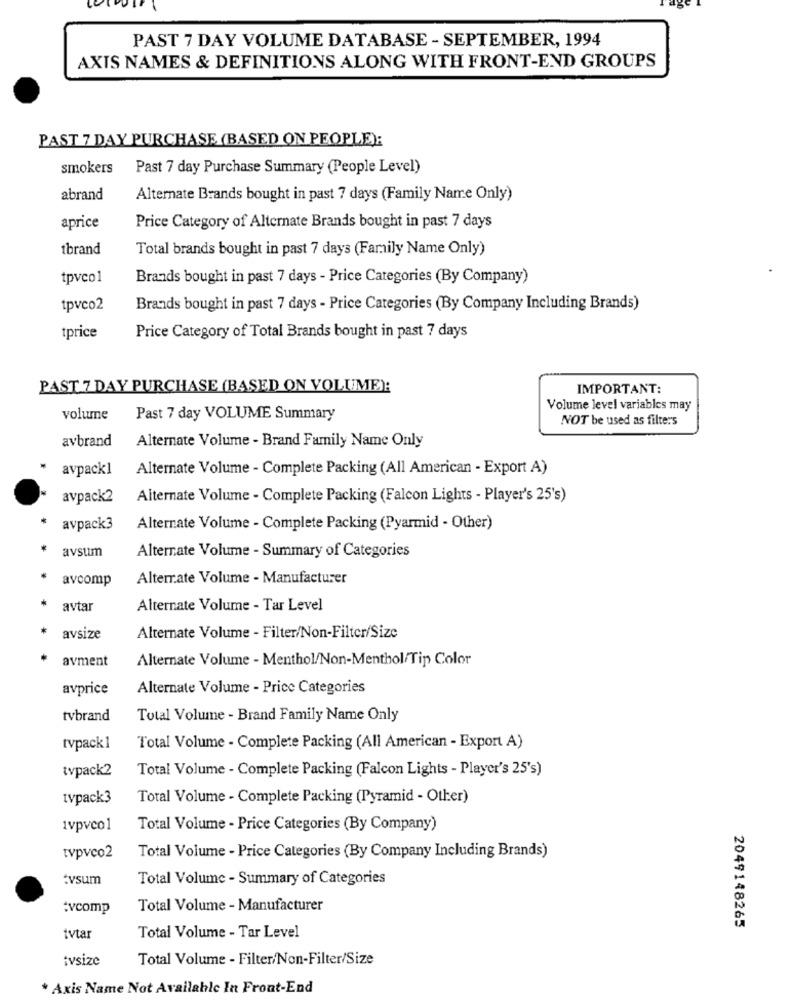
PAST 7 DAY VOLUME DATABASE - SEPTEMBER, 1994
AXIS NAMES & DEFINITIONS ALONG WITH FRONT-END GROUPS
PAST 7 DAY PURCHASE (BASED ON PEOPLE):
smokers
Past 7 day Purchase Summary (People Level)
abrand
Alternate Brands bought in past 7 days (Family Name Only)
aprice
Price Category of Alternate Brands bought in past 7 days
tbrand
Total brands bought in past 7 days (Family Name Only)
tpvco1
Brands bought in past 7 days - Price Categories (By Company)
tpvco2
Brands bought in past 7 days - Price Categories (By Company Including Brands)
tprice
Price Category of Total Brands bought in past 7 days
PAST 7 DAY PURCHASE (BASED ON VOLUME):
IMPORTANT:
Volume level variables may
volume
Past 7 day VOLUME Summary
NOT be used as filters
avbrand
Alternate Volume - Brand Family Name Only
avpack1
Alternate Volume - Complete Packing (All American - Export A)
avpack2
Alternate Volume - Complete Packing (Falcon Lights - Player's 25's)
* avpack3
Alternate Volume - Complete Packing (Pyarmid - Other)
*
avsum
Alternate Volume - Summary of Categories
avcomp
Alterrate Volume - Manufacturer
avtar
Alternate Volume - Tar Level
*
avsize
Alternate Volume - Filter/Non-Filter/Size
* avment
Alternate Volume - Menthol/Non-Menthol/Tip Color
avprice
Alternate Volume - Price Categories
tvbrand
Total Volume - Brand Family Name Only
tvpack1
Total Volume - Complete Packing (All American - Export A)
tvpack2
Total Volume - Complete Packing (Falcon Lights - Player's 25's)
tvpack3
Total Volume - Complete Packing (Pyramid - Other)
1vpvcol
Total Volume - Price Categories (By Company)
tvpvco2
Total Volume - Price Categories (By Company Including Brands)
:vsum
Total Volume - Summary of Categories
:vcomp
Total Volume - Manufacturer
Total Volume - Tar Level
2049148265
tvtar
:vsize
Total Volume - Filter/Non-Filter/Size
* Axis Name Not Available In Front-End